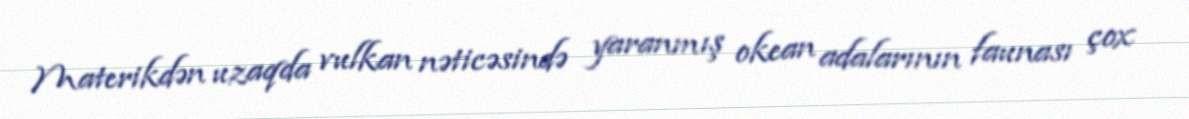
Materikdən uzaqda vulkan nəticəsində yaranmış okean adalarının faunası çox